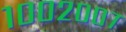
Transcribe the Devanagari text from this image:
१००२००७